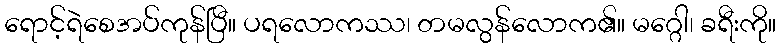
ရောင့်ရဲစေအပ်ကုန်ပြီ။ ပရလောကဿ၊ တမလွန်လောက၏။ မဂ္ဂေါ၊ ခရီးကို။